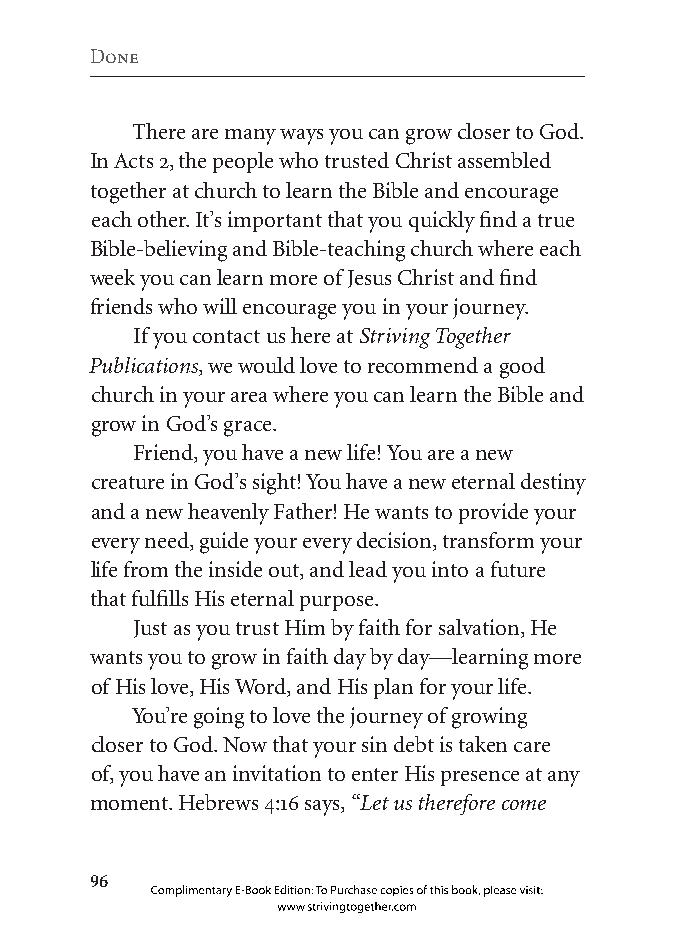
Done
 There are many ways you can grow closer to God.
 In Acts 2, the people who trusted Christ assembled
 together at church to learn the Bible and encourage
 each other. It’s important that you quickly find a true
 Bible-believing and Bible-teaching church where each
 week you can learn more of Jesus Christ and find
 friends who will encourage you in your journey.
 If you contact us here at Striving Together
 Publications, we would love to recommend a good
 church in your area where you can learn the Bible and
 grow in God’s grace.
 Friend, you have a new life! You are a new
 creature in God’s sight! You have a new eternal destiny
 and a new heavenly Father! He wants to provide your
 every need, guide your every decision, transform your
 life from the inside out, and lead you into a future
 that fulfills His eternal purpose.
 Just as you trust Him by faith for salvation, He
 wants you to grow in faith day by day—learning more
 of His love, His Word, and His plan for your life.
 You’re going to love the journey of growing
 closer to God. Now that your sin debt is taken care
 of, you have an invitation to enter His presence at any
 moment. Hebrews 4:16 says, “Let us therefore come
 
 Complimentary E-Book Edition: To Purchase copies of this book, please visit:
 www.strivingtogether.com